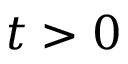
t > 0